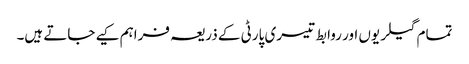
تمام گیلریوں اور روابط تیسری پارٹی کے ذریعہ فراہم کیے جاتے ہیں۔